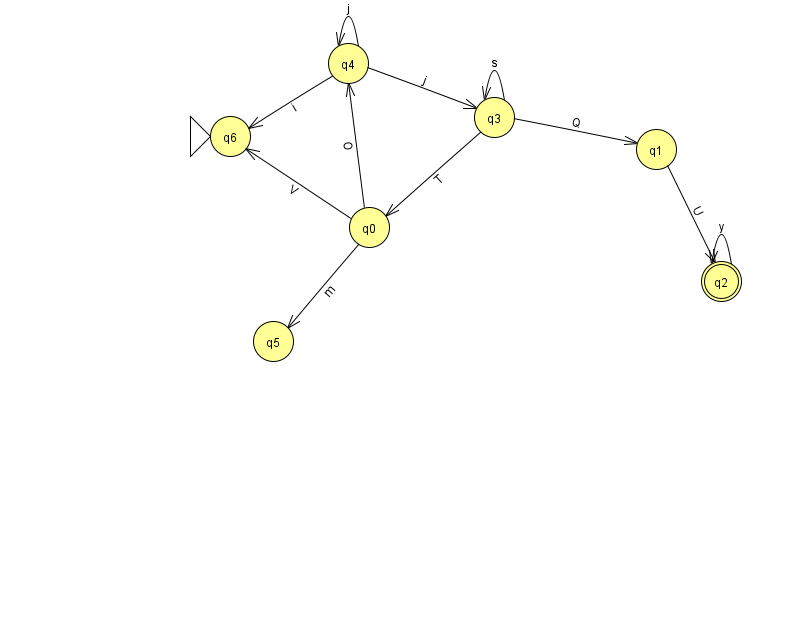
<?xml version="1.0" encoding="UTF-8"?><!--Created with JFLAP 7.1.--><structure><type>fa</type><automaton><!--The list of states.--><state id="0" name="q0"><x>369.0</x><y>214.0</y></state><state id="1" name="q1"><x>656.0</x><y>136.0</y></state><state id="2" name="q2"><x>721.0</x><y>268.0</y><final/></state><state id="3" name="q3"><x>494.0</x><y>104.0</y></state><state id="4" name="q4"><x>348.0</x><y>50.0</y></state><state id="5" name="q5"><x>273.0</x><y>328.0</y></state><state id="6" name="q6"><x>230.0</x><y>123.0</y><initial/></state><!--The list of transitions.--><transition><from>0</from><to>4</to><read>O</read></transition><transition><from>3</from><to>3</to><read>s</read></transition><transition><from>3</from><to>1</to><read>Q</read></transition><transition><from>0</from><to>5</to><read>m</read></transition><transition><from>1</from><to>2</to><read>U</read></transition><transition><from>2</from><to>2</to><read>y</read></transition><transition><from>3</from><to>0</to><read>T</read></transition><transition><from>4</from><to>3</to><read>j</read></transition><transition><from>4</from><to>4</to><read>j</read></transition><transition><from>4</from><to>6</to><read>i</read></transition><transition><from>0</from><to>6</to><read>V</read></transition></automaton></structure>